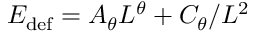
E _ { \mathrm { d e f } } = A _ { \theta } L ^ { \theta } + C _ { \theta } / L ^ { 2 }